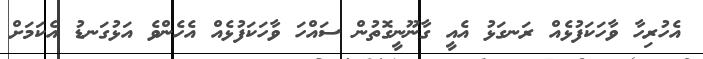
އެހުރިހާ ވާހަކަފުޅެއް ރަނގަޅު އެއީ ގާނޫނީގޮތުން ސައްހަ ވާހަކަފުޅެއް އެހެންވެ އަޅުގަނޑު އެކަމަށް